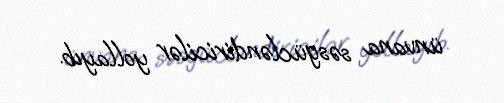
ünvana səsgücləndiricilər yollayıb.